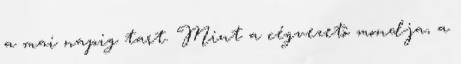
a mai napig tart. Mint a cégvezetô mondja, a